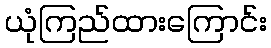
ယုံကြည်ထားကြောင်း